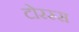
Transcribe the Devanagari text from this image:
टोरस्र्स